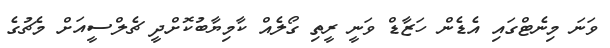
ވަނަ މިނެޓްގައި އެޑެން ހަޒާޑް ވަނީ ރީތި ގޯލެއް ކާމިޔާބުކޮށްދީ ޗެލްސީއަށް މެޗުގެ